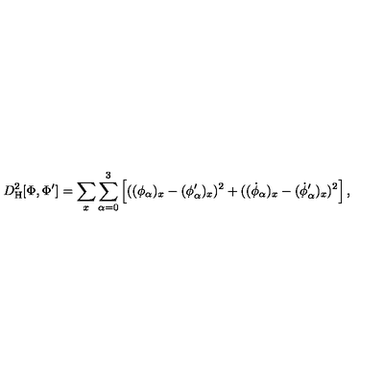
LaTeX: D _ { \mathrm { H } } ^ { 2 } [ \Phi , \Phi ^ { \prime } ] = \sum _ { x } \sum _ { \alpha = 0 } ^ { 3 } \left[ ( ( \phi _ { \alpha } ) _ { x } - ( \phi _ { \alpha } ^ { \prime } ) _ { x } ) ^ { 2 } + ( ( \dot { \phi } _ { \alpha } ) _ { x } - ( \dot { \phi } _ { \alpha } ^ { \prime } ) _ { x } ) ^ { 2 } \right] ,